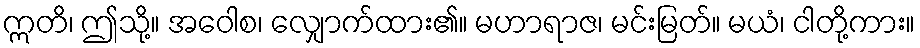
ဣတိ၊ ဤသို့။ အဝေါစ၊ လျှောက်ထား၏။ မဟာရာဇ၊ မင်းမြတ်။ မယံ၊ ငါတို့ကား။